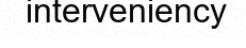
interveniency